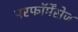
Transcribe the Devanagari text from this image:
परफॉर्मेंसेज